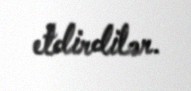
etdirdilər.